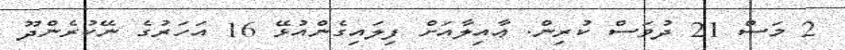
2 މަސް 21 ދުވަސް ކުރިން. ޢާއިލާއަށް ފިލައިގެންއުޅޭ 16 އަހަރުގެ ނޭކުރެންދޫ